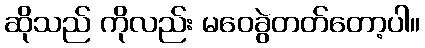
ဆိုသည် ကိုလည်း မဝေခွဲတတ်တော့ပါ။